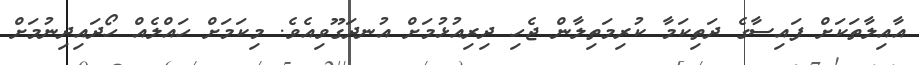
އާއިލާތަކަށް ފައިސާގެ ދަތިކަމާ ކުރިމަތިލާން ޖެހި ދިރިއުޅުމަށް އުނދަގޫވިއެވެ. މިކަމަށް ހައްލެއް ހޯދައިދިނުމަށް